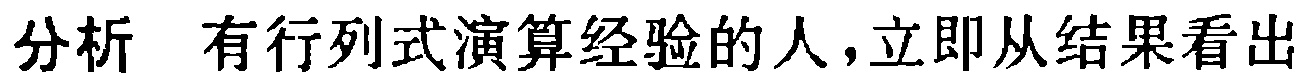
分析 有行列式演算经验的人，立即从结果看出